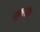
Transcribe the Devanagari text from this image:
मुकलॉक